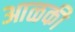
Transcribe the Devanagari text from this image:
आळकी